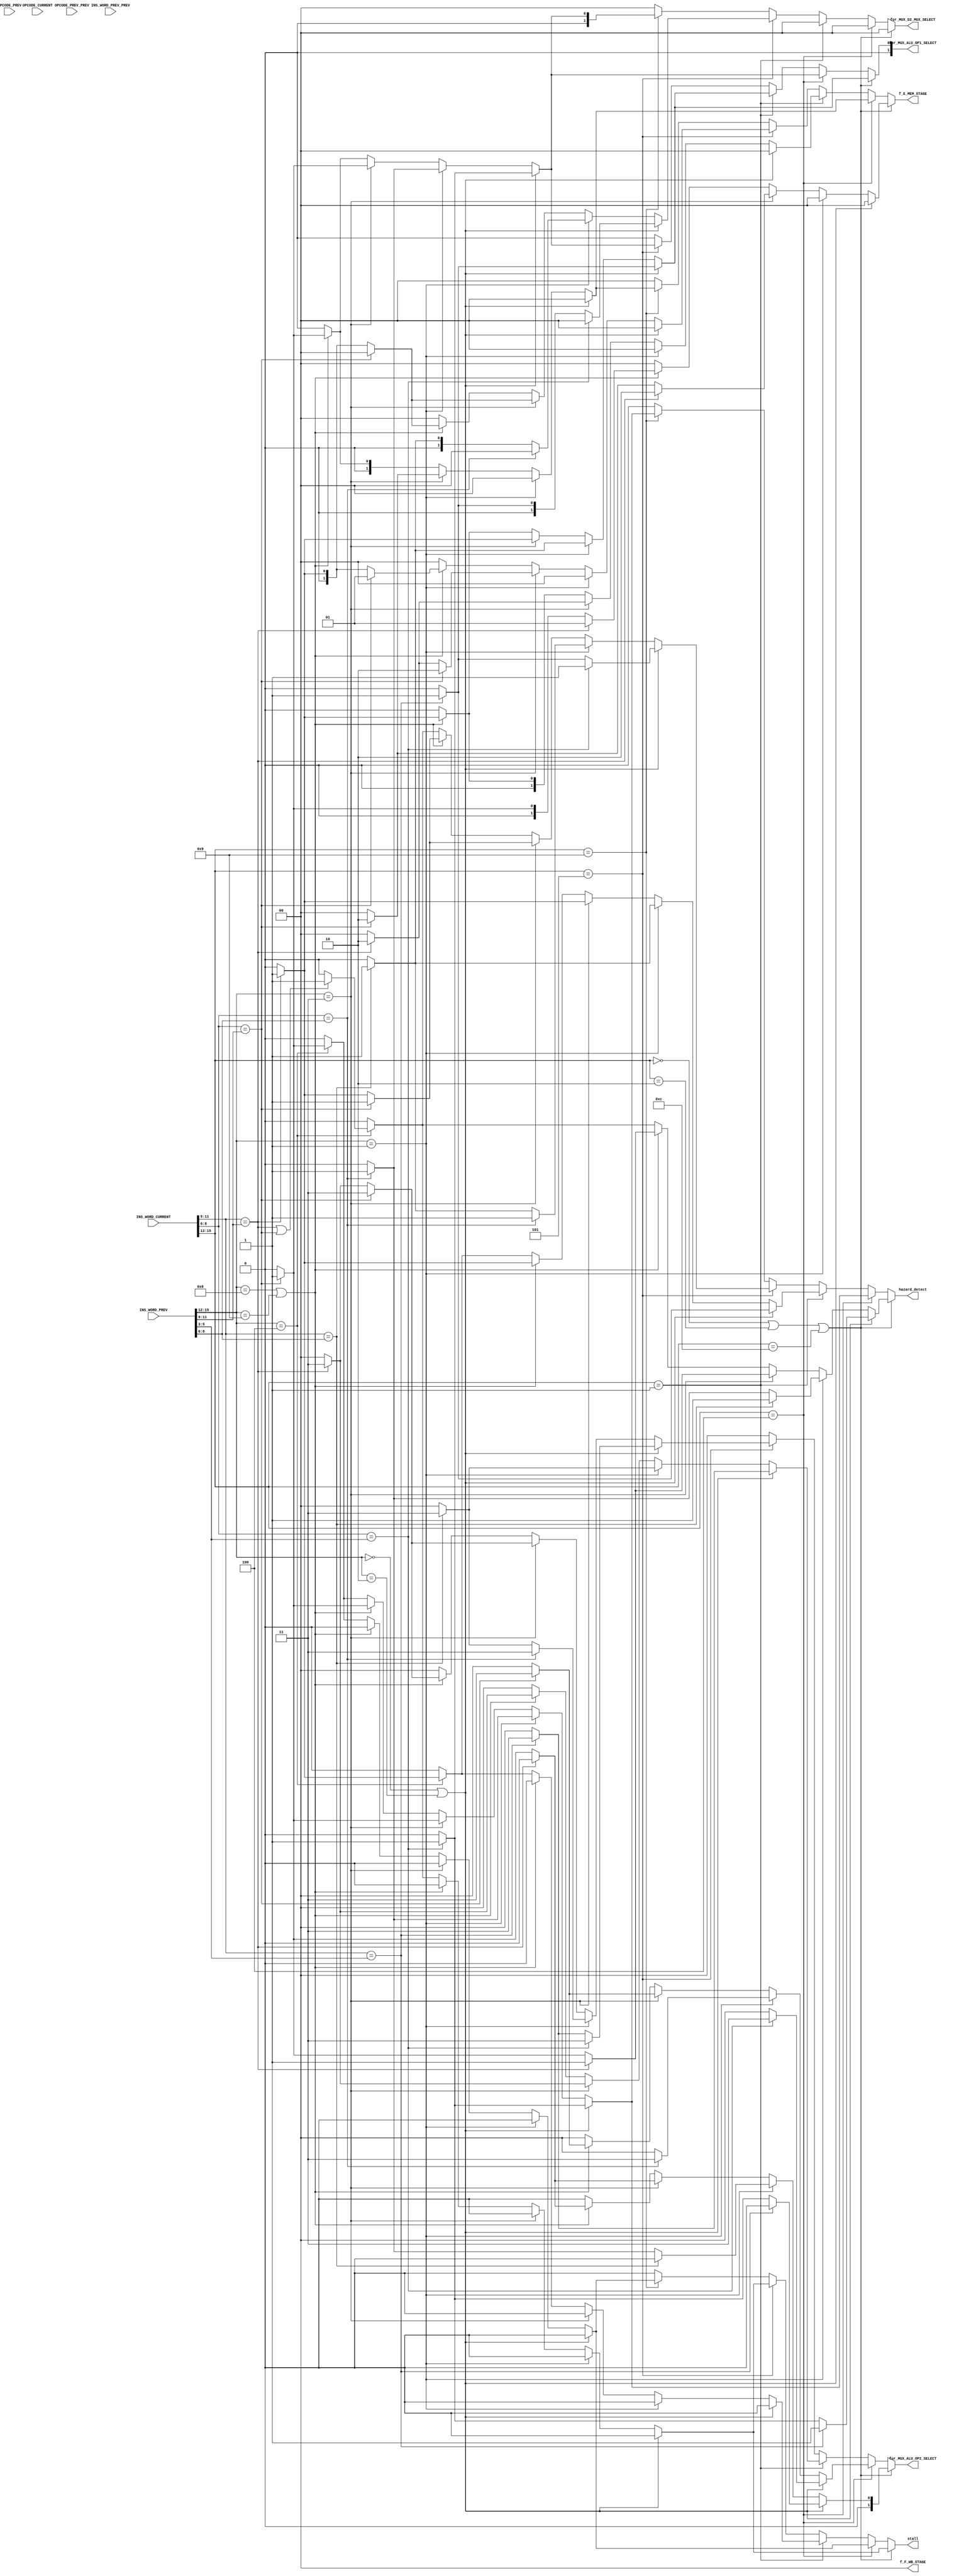
module Forward_logic_unit(INS_WORD_CURRENT,INS_WORD_PREV,INS_WORD_PREV_PREV,OPCODE_CURRENT,OPCODE_PREV,OPCODE_PREV_PREV,for_MUX_ALU_OP1_SELECT,for_MUX_ALU_OP2_SELECT,for_MUX_D2_MUX_SELECT,f_E_MEM_STAGE,f_F_WB_STAGE,hazard_detect,stall);

input [15:0]INS_WORD_CURRENT;
input [15:0]INS_WORD_PREV;
input [15:0]INS_WORD_PREV_PREV;
input [5:0]OPCODE_CURRENT;
input [5:0]OPCODE_PREV;
input [5:0]OPCODE_PREV_PREV;
output  reg hazard_detect;
output  reg stall;
output reg [1:0] for_MUX_ALU_OP1_SELECT,for_MUX_ALU_OP2_SELECT,for_MUX_D2_MUX_SELECT;
output reg [1:0] f_E_MEM_STAGE,f_F_WB_STAGE;

always@(*)
begin

if (INS_WORD_CURRENT[15:12]==4'b0000 || INS_WORD_CURRENT[15:12]==4'b0010 || INS_WORD_CURRENT[15:12]==4'b1100)  //CURRENT -R-TYPE OR BEQ

   if (INS_WORD_PREV[15:12]==4'b0000 || INS_WORD_PREV[15:12]==4'b0010)//PREV-R-TYPE
           if (INS_WORD_CURRENT[11:9]==INS_WORD_PREV[5:3])//SOURCE OPERAND_1_MATCH
			  begin
			    for_MUX_ALU_OP1_SELECT<=2'b01;//FROM MEM STAGE
				 for_MUX_ALU_OP2_SELECT<=2'b00;
				 for_MUX_D2_MUX_SELECT<=2'b00;
				 f_F_WB_STAGE<=2'b00;//NOT NEEDED
				 f_E_MEM_STAGE<=2'b00;//ALU OUTPUT OF MEM_STAGE_SELECTED
				 stall<=1'b0;
				 hazard_detect<=1'b1;
			  end
				else if (INS_WORD_CURRENT[8:6]==INS_WORD_PREV[5:3])//SOURCE OPERAND_2_MATCH
			  begin
			    for_MUX_ALU_OP1_SELECT<=2'b00;
				 for_MUX_ALU_OP2_SELECT<=2'b01;//FROM MEM STAGE
				 for_MUX_D2_MUX_SELECT<=2'b00;
				 f_F_WB_STAGE<=2'b00;//NOT NEEDED
				 f_E_MEM_STAGE<=2'b00;//ALU OUTPUT OF MEM_STAGE_FORWARDED 
				 stall<=1'b0; 
				  hazard_detect<=1'b1;
				end
             else                         //DEFAULT ALL 0
             begin
				 for_MUX_ALU_OP1_SELECT<=2'b00;//DEFAULT
				 for_MUX_ALU_OP2_SELECT<=2'b00;//DEFAULT
				 for_MUX_D2_MUX_SELECT<=2'b00;//DEFAULT
				 f_F_WB_STAGE<=2'b00;//DEFAULT
				 f_E_MEM_STAGE<=2'b00;//DEFAULT 
             stall<=1'b0;
				  hazard_detect<=1'b0;
			    end
	else if(INS_WORD_PREV[15:12]==4'b0001) // PREV-ADI
			    if (INS_WORD_CURRENT[11:9]==INS_WORD_PREV[8:6])//SOURCE OPERAND_1_MATCH
			    begin
				 for_MUX_ALU_OP1_SELECT<=2'b01;//FROM MEM STAGE
				 for_MUX_ALU_OP2_SELECT<=2'b00;
				 for_MUX_D2_MUX_SELECT<=2'b00;
				 f_F_WB_STAGE<=2'b00;//NOT NEEDED
				 f_E_MEM_STAGE<=2'b00;//ALU OUTPUT OF MEM_STAGE_FORWARDED
				 stall<=1'b0;
				  hazard_detect<=1'b1;
				 end
				 else if (INS_WORD_CURRENT[8:6]==INS_WORD_PREV[8:6])//SOURCE OPERAND_2_MATCH
			    begin
				 for_MUX_ALU_OP1_SELECT<=2'b00;
				 for_MUX_ALU_OP2_SELECT<=2'b01;//FROM MEM STAGE
				 for_MUX_D2_MUX_SELECT<=2'b00;
				 f_F_WB_STAGE<=2'b00;//NOT NEEDED
				 f_E_MEM_STAGE<=2'b00;//ALU OUTPUT OF MEM_STAGE_FORWARDED  
             stall<=1'b0;
				  hazard_detect<=1'b1;
				 end
				 else                         //DEFAULT ALL 0
             begin
				 for_MUX_ALU_OP1_SELECT<=2'b00;//DEFAULT
				 for_MUX_ALU_OP2_SELECT<=2'b00;//DEFAULT
				 for_MUX_D2_MUX_SELECT<=2'b00;//DEFAULT
				 f_F_WB_STAGE<=2'b00;//DEFAULT
				 f_E_MEM_STAGE<=2'b00;//DEFAULT
			    stall<=1'b0;	 
				  hazard_detect<=1'b0;
				end
	else if (INS_WORD_PREV[15:12]==4'b0011) // PREV-LHI   
				if (INS_WORD_CURRENT[11:9]==INS_WORD_PREV[11:9])//SOURCE OPERAND_1_MATCH
			    begin
				 for_MUX_ALU_OP1_SELECT<=2'b01;//FROM MEM STAGE
				 for_MUX_ALU_OP2_SELECT<=2'b00;
				 for_MUX_D2_MUX_SELECT<=2'b00;
				 f_F_WB_STAGE<=2'b00;//NOT NEEDED
				 f_E_MEM_STAGE<=2'b10;//0 PAD OF MEM_STAGE_FORWARDED
				 stall<=1'b0;
				  hazard_detect<=1'b1;
				 end
				 else if (INS_WORD_CURRENT[8:6]==INS_WORD_PREV[11:9])//SOURCE OPERAND_2_MATCH
			    begin
				 for_MUX_ALU_OP1_SELECT<=2'b00;
				 for_MUX_ALU_OP2_SELECT<=2'b01;//FROM MEM STAGE
				 for_MUX_D2_MUX_SELECT<=2'b00;
				 f_F_WB_STAGE<=2'b00;//NOT NEEDED
				 f_E_MEM_STAGE<=2'b10;//ALU OUTPUT OF MEM_STAGE_SELECTED  
             stall<=1'b0;
				  hazard_detect<=1'b1;
				 end
				 else                         //DEFAULT ALL 0
				 begin
				 for_MUX_ALU_OP1_SELECT<=2'b00;//DEFAULT
				 for_MUX_ALU_OP2_SELECT<=2'b00;//DEFAULT
				 for_MUX_D2_MUX_SELECT<=2'b00;//DEFAULT
				 f_F_WB_STAGE<=2'b00;//DEFAULT
				 f_E_MEM_STAGE<=2'b00;//DEFAULT
			    stall<=1'b0;	 
				  hazard_detect<=1'b0;
				 end
	else if (INS_WORD_PREV[15:12]==4'b1000 || INS_WORD_PREV[15:12]==4'b1001) // PREV-JAL OR JLR
			    
				 if (INS_WORD_CURRENT[11:9]==INS_WORD_PREV[11:9])//SOURCE OPERAND_1_MATCH
			    begin
				 for_MUX_ALU_OP1_SELECT<=2'b01;//FROM MEM STAGE
				 for_MUX_ALU_OP2_SELECT<=2'b00;
				 for_MUX_D2_MUX_SELECT<=2'b00;
				 f_F_WB_STAGE<=2'b00;//NOT NEEDED
				 f_E_MEM_STAGE<=2'b01;//PC+1 OF MEM_STAGE_FORWARDED
				 stall<=1'b0;
				  hazard_detect<=1'b1;
				 end
				 else if (INS_WORD_CURRENT[8:6]==INS_WORD_PREV[11:9])//SOURCE OPERAND_2_MATCH
			    begin
				 for_MUX_ALU_OP1_SELECT<=2'b00;
				 for_MUX_ALU_OP2_SELECT<=2'b01;//FROM MEM STAGE
				 for_MUX_D2_MUX_SELECT<=2'b00;
				 f_F_WB_STAGE<=2'b00;//NOT NEEDED
				 f_E_MEM_STAGE<=2'b01;//ALU OUTPUT OF MEM_STAGE_SELECTED  
             stall<=1'b0;
				  hazard_detect<=1'b1;
				 end
				 else                         //DEFAULT ALL 0
             begin
				 for_MUX_ALU_OP1_SELECT<=2'b00;//DEFAULT
				 for_MUX_ALU_OP2_SELECT<=2'b00;//DEFAULT
				 for_MUX_D2_MUX_SELECT<=2'b00;//DEFAULT
				 f_F_WB_STAGE<=2'b00;//DEFAULT
				 f_E_MEM_STAGE<=2'b00;//DEFAULT
			    stall<=1'b0;
				  hazard_detect<=1'b0;
	           end
	else if (INS_WORD_PREV[15:12]==4'b0100 ) // PREV-LW
			    if (INS_WORD_CURRENT[11:9]==INS_WORD_PREV[11:9]||INS_WORD_CURRENT[8:6]==INS_WORD_PREV[11:9])//SOURCE OPERAND_1_2_MATCH
			    begin
				 for_MUX_ALU_OP1_SELECT<=2'b00;//DEFAULT
				 for_MUX_ALU_OP2_SELECT<=2'b00;//DEFAULT
				 for_MUX_D2_MUX_SELECT<=2'b00;//DEFAULT
				 f_F_WB_STAGE<=2'b00;//DEFAULT
				 f_E_MEM_STAGE<=2'b00;//DEFAULT
				 stall<=1'b1;
				  hazard_detect<=1'b1;
				 end
			
             else   //DEFAULT
			   begin
				for_MUX_ALU_OP1_SELECT<=2'b00;//DEFAULT
				 for_MUX_ALU_OP2_SELECT<=2'b00;//DEFAULT
				 for_MUX_D2_MUX_SELECT<=2'b00;//DEFAULT
				 f_F_WB_STAGE<=2'b00;//DEFAULT
				 f_E_MEM_STAGE<=2'b00;//DEFAULT
				 stall<=1'b0;
				  hazard_detect<=1'b0;
            end  
	else   //DEFAULT
			   begin
				for_MUX_ALU_OP1_SELECT<=2'b00;//DEFAULT
				 for_MUX_ALU_OP2_SELECT<=2'b00;//DEFAULT
				 for_MUX_D2_MUX_SELECT<=2'b00;//DEFAULT
				 f_F_WB_STAGE<=2'b00;//DEFAULT
				 f_E_MEM_STAGE<=2'b00;//DEFAULT
				 stall<=1'b0;
				  hazard_detect<=1'b0;
            end 
	
else if (INS_WORD_CURRENT[15:12]==4'b0100)  //CURRENT -LW 
   if (INS_WORD_PREV[15:12]==4'b0000 || INS_WORD_PREV[15:12]==4'b0010)//PREV-R-TYPE
           if (INS_WORD_CURRENT[8:6]==INS_WORD_PREV[5:3])//SOURCE OPERAND_1_MATCH
			    begin
				 for_MUX_ALU_OP1_SELECT<=2'b01;//FROM MEM STAGE
				 for_MUX_ALU_OP2_SELECT<=2'b11;//IMMEDIATE OPERAND
				 for_MUX_D2_MUX_SELECT<=2'b00;
				 f_F_WB_STAGE<=2'b00;//NOT NEEDED
				 f_E_MEM_STAGE<=2'b00;//ALU OUTPUT OF MEM_STAGE_SELECTED
             stall<=1'b0;
				 hazard_detect<=1'b1;
				 end
				 else                         //DEFAULT ALL 0
            begin
				 for_MUX_ALU_OP1_SELECT<=2'b00;//DEFAULT
				 for_MUX_ALU_OP2_SELECT<=2'b00;//DEFAULT
				 for_MUX_D2_MUX_SELECT<=2'b00;//DEFAULT
				 f_F_WB_STAGE<=2'b00;//DEFAULT
	  			 f_E_MEM_STAGE<=2'b00;//DEFAULT 
             stall<=1'b0;
				  hazard_detect<=1'b0;				 
	          end
	else if (INS_WORD_PREV[15:12]==4'b0001)//PREV-ADI
           if (INS_WORD_CURRENT[8:6]==INS_WORD_PREV[8:6])//SOURCE OPERAND_1_MATCH
			    begin
				 for_MUX_ALU_OP1_SELECT<=2'b01;//FROM MEM STAGE
				 for_MUX_ALU_OP2_SELECT<=2'b11;//IMMEDIATE OPERAND
				 for_MUX_D2_MUX_SELECT<=2'b00;
				 f_F_WB_STAGE<=2'b00;//NOT NEEDED
				 f_E_MEM_STAGE<=2'b00;//ALU OUTPUT OF MEM_STAGE_FORWARDED
				 stall<=1'b0;
				 hazard_detect<=1'b1;
             end
				 else                         //DEFAULT ALL 0
             begin
				 for_MUX_ALU_OP1_SELECT<=2'b00;//DEFAULT
				 for_MUX_ALU_OP2_SELECT<=2'b00;//DEFAULT
				 for_MUX_D2_MUX_SELECT<=2'b00;//DEFAULT
				 f_F_WB_STAGE<=2'b00;//DEFAULT
				 f_E_MEM_STAGE<=2'b00;//DEFAULT
				 stall<=1'b0;
				 hazard_detect<=1'b0;
				 end
	 else if (INS_WORD_PREV[15:12]==4'b0011)//PREV-LHI
           if (INS_WORD_CURRENT[8:6]==INS_WORD_PREV[11:9])//SOURCE OPERAND_1_MATCH
			    begin
				 for_MUX_ALU_OP1_SELECT<=2'b01;//FROM MEM STAGE
				 for_MUX_ALU_OP2_SELECT<=2'b11;//IMMEDIATE OPERAND
				 for_MUX_D2_MUX_SELECT<=2'b00;
				 f_F_WB_STAGE<=2'b00;//NOT NEEDED
				 f_E_MEM_STAGE<=2'b10;//0pad OF MEM_STAGE_FORWARDED
             stall<=1'b0;
				  hazard_detect<=1'b1;
				  end
				 else                         //DEFAULT ALL 0
             begin
				 for_MUX_ALU_OP1_SELECT<=2'b00;//DEFAULT
				 for_MUX_ALU_OP2_SELECT<=2'b00;//DEFAULT
				 for_MUX_D2_MUX_SELECT<=2'b00;//DEFAULT
				 f_F_WB_STAGE<=2'b00;//DEFAULT
				 f_E_MEM_STAGE<=2'b00;//DEFAULT
	          stall<=1'b0;
				 hazard_detect<=1'b0;
				 end
	 else if (INS_WORD_PREV[15:12]==4'b1000 || INS_WORD_PREV[15:12]==4'b1001)//PREV-JAL or JLR
           if (INS_WORD_CURRENT[8:6]==INS_WORD_PREV[11:9])//SOURCE OPERAND_1_MATCH
			    begin
				 for_MUX_ALU_OP1_SELECT<=2'b01;//FROM MEM STAGE
				 for_MUX_ALU_OP2_SELECT<=2'b11;//IMMEDIATE OPERAND
				 for_MUX_D2_MUX_SELECT<=2'b00;
				 f_F_WB_STAGE<=2'b00;//NOT NEEDED
				 f_E_MEM_STAGE<=2'b01;//PC+1 OF MEM_STAGE_FORWARDED
             stall<=1'b0;
				  hazard_detect<=1'b1;
				  end
				  else                         //DEFAULT ALL 0
				 begin
				 for_MUX_ALU_OP1_SELECT<=2'b00;//DEFAULT
				 for_MUX_ALU_OP2_SELECT<=2'b00;//DEFAULT
				 for_MUX_D2_MUX_SELECT<=2'b00;//DEFAULT
				 f_F_WB_STAGE<=2'b00;//DEFAULT
				 f_E_MEM_STAGE<=2'b00;//DEFAULT
	           stall<=1'b0;
				  hazard_detect<=1'b0;
				  end
	 else if (INS_WORD_PREV[15:12]==4'b0100 ) // PREV-LW
			    if (INS_WORD_CURRENT[8:6]==INS_WORD_PREV[11:9])//SOURCE OPERAND_1_MATCH
			    begin
				 for_MUX_ALU_OP1_SELECT<=2'b00;//DEFAULT
				 for_MUX_ALU_OP2_SELECT<=2'b00;//DEFAULT
				 for_MUX_D2_MUX_SELECT<=2'b00;//DEFAULT
				 f_F_WB_STAGE<=2'b00;//DEFAULT
				 f_E_MEM_STAGE<=2'b00;//DEFAULT
				 stall<=1'b1;
             hazard_detect<=1'b1;
             end				 
             else   //DEFAULT
				 begin
			    for_MUX_ALU_OP1_SELECT<=2'b00;//DEFAULT
				 for_MUX_ALU_OP2_SELECT<=2'b00;//DEFAULT
				 for_MUX_D2_MUX_SELECT<=2'b00;//DEFAULT
				 f_F_WB_STAGE<=2'b00;//DEFAULT
				 f_E_MEM_STAGE<=2'b00;//DEFAULT
				 stall<=1'b0;
				 hazard_detect<=1'b0;
				 end
	else   //DEFAULT
			    begin
				 for_MUX_ALU_OP1_SELECT<=2'b00;//DEFAULT
				 for_MUX_ALU_OP2_SELECT<=2'b00;//DEFAULT
				 for_MUX_D2_MUX_SELECT<=2'b00;//DEFAULT
				 f_F_WB_STAGE<=2'b00;//DEFAULT
				 f_E_MEM_STAGE<=2'b00;//DEFAULT
				 stall<=1'b0;
				 hazard_detect<=1'b0;
				 end
else if (INS_WORD_CURRENT[15:12]==4'b0001)  //CURRENT -ADI
   if (INS_WORD_PREV[15:12]==4'b0000 || INS_WORD_PREV[15:12]==4'b0010)//PREV-R-TYPE
           if (INS_WORD_CURRENT[11:9]==INS_WORD_PREV[5:3])//SOURCE OPERAND_1_MATCH
			    begin
				 for_MUX_ALU_OP1_SELECT<=2'b01;//FROM MEM STAGE
				 for_MUX_ALU_OP2_SELECT<=2'b11;//IMMEDIATE OPERAND
				 for_MUX_D2_MUX_SELECT<=2'b00;
				 f_F_WB_STAGE<=2'b00;//NOT NEEDED
				 f_E_MEM_STAGE<=2'b00;//ALU OUTPUT OF MEM_STAGE_SELECTED
				 stall<=1'b0;
             hazard_detect<=1'b1;
				 end
             else                         //DEFAULT ALL 0
             begin
				 for_MUX_ALU_OP1_SELECT<=2'b00;//DEFAULT
				 for_MUX_ALU_OP2_SELECT<=2'b00;//DEFAULT
				 for_MUX_D2_MUX_SELECT<=2'b00;//DEFAULT
				 f_F_WB_STAGE<=2'b00;//DEFAULT
	  			 f_E_MEM_STAGE<=2'b00;//DEFAULT 	 
             stall<=1'b0;
             hazard_detect<=1'b0;
             end   			 
	else if (INS_WORD_PREV[15:12]==4'b0001)//PREV-ADI
           if (INS_WORD_CURRENT[11:9]==INS_WORD_PREV[8:6])//SOURCE OPERAND_1_MATCH
			    begin
				 for_MUX_ALU_OP1_SELECT<=2'b01;//FROM MEM STAGE
				 for_MUX_ALU_OP2_SELECT<=2'b11;//IMMEDIATE OPERAND
				 for_MUX_D2_MUX_SELECT<=2'b00;
				 f_F_WB_STAGE<=2'b00;//NOT NEEDED
				 f_E_MEM_STAGE<=2'b00;//ALU OUTPUT OF MEM_STAGE_FORWARDED
             stall<=1'b0;
             hazard_detect<=1'b1;
				 end
				 else                         //DEFAULT ALL 0
             begin
				 for_MUX_ALU_OP1_SELECT<=2'b00;//DEFAULT
				 for_MUX_ALU_OP2_SELECT<=2'b00;//DEFAULT
				 for_MUX_D2_MUX_SELECT<=2'b00;//DEFAULT
				 f_F_WB_STAGE<=2'b00;//DEFAULT
				 f_E_MEM_STAGE<=2'b00;//DEFAULT
	          stall<=1'b0;
             hazard_detect<=1'b0;
				 end
	else if (INS_WORD_PREV[15:12]==4'b0011)//PREV-LHI
           if (INS_WORD_CURRENT[11:9]==INS_WORD_PREV[11:9])//SOURCE OPERAND_1_MATCH
			    begin
				 for_MUX_ALU_OP1_SELECT<=2'b01;//FROM MEM STAGE
				 for_MUX_ALU_OP2_SELECT<=2'b11;//IMMEDIATE OPERAND
				 for_MUX_D2_MUX_SELECT<=2'b00;
				 f_F_WB_STAGE<=2'b00;//NOT NEEDED
				 f_E_MEM_STAGE<=2'b10;//0pad OF MEM_STAGE_FORWARDED
				 stall<=1'b0;
             hazard_detect<=1'b1;
				 end
             else                         //DEFAULT ALL 0
             begin
				 for_MUX_ALU_OP1_SELECT<=2'b00;//DEFAULT
				 for_MUX_ALU_OP2_SELECT<=2'b00;//DEFAULT
				 for_MUX_D2_MUX_SELECT<=2'b00;//DEFAULT
				 f_F_WB_STAGE<=2'b00;//DEFAULT
				 f_E_MEM_STAGE<=2'b00;//DEFAULT
				 stall<=1'b0;
             hazard_detect<=1'b0;
				 end
	else if (INS_WORD_PREV[15:12]==4'b1000 || INS_WORD_PREV[15:12]==4'b1001)//PREV-JAL or JLR
           if (INS_WORD_CURRENT[11:9]==INS_WORD_PREV[11:9])//SOURCE OPERAND_1_MATCH
			    begin
				 for_MUX_ALU_OP1_SELECT<=2'b01;//FROM MEM STAGE
				 for_MUX_ALU_OP2_SELECT<=2'b11;//IMMEDIATE OPERAND
				 for_MUX_D2_MUX_SELECT<=2'b00;
				 f_F_WB_STAGE<=2'b00;//NOT NEEDED
				 f_E_MEM_STAGE<=2'b01;//PC+1 OF MEM_STAGE_FORWARDED
				 stall<=1'b0;
             hazard_detect<=1'b1;
             end
				 else                         //DEFAULT ALL 0
             begin
				 for_MUX_ALU_OP1_SELECT<=2'b00;//DEFAULT
				 for_MUX_ALU_OP2_SELECT<=2'b00;//DEFAULT
				 for_MUX_D2_MUX_SELECT<=2'b00;//DEFAULT
				 f_F_WB_STAGE<=2'b00;//DEFAULT
				 f_E_MEM_STAGE<=2'b00;//DEFAULT
				 stall<=1'b0;
             hazard_detect<=1'b0;
				 end
	else if (INS_WORD_PREV[15:12]==4'b0100 ) // PREV-LW
				 if (INS_WORD_CURRENT[11:9]==INS_WORD_PREV[11:9])//SOURCE OPERAND_1_MATCH
			    begin
				 for_MUX_ALU_OP1_SELECT<=2'b00;//DEFAULT
				 for_MUX_ALU_OP2_SELECT<=2'b00;//DEFAULT
				 for_MUX_D2_MUX_SELECT<=2'b00;//DEFAULT
				 f_F_WB_STAGE<=2'b00;//DEFAULT
				 f_E_MEM_STAGE<=2'b00;//DEFAULT
				 stall<=1'b1;
             hazard_detect<=1'b1;
             end				 
             else   //DEFAULT
			    begin
				 for_MUX_ALU_OP1_SELECT<=2'b00;//DEFAULT
				 for_MUX_ALU_OP2_SELECT<=2'b00;//DEFAULT
				 for_MUX_D2_MUX_SELECT<=2'b00;//DEFAULT
				 f_F_WB_STAGE<=2'b00;//DEFAULT
				 f_E_MEM_STAGE<=2'b00;//DEFAULT
				 stall<=1'b0;
				 hazard_detect<=1'b0;
				 end
	else   //DEFAULT
			    begin
				 for_MUX_ALU_OP1_SELECT<=2'b00;//DEFAULT
				 for_MUX_ALU_OP2_SELECT<=2'b00;//DEFAULT
				 for_MUX_D2_MUX_SELECT<=2'b00;//DEFAULT
				 f_F_WB_STAGE<=2'b00;//DEFAULT
				 f_E_MEM_STAGE<=2'b00;//DEFAULT
				 stall<=1'b0;
				 hazard_detect<=1'b0;			 
				 end
else if (INS_WORD_CURRENT[15:12]==4'b0101)  //CURRENT -SW
   if (INS_WORD_PREV[15:12]==4'b0000 || INS_WORD_PREV[15:12]==4'b0010)//PREV-R-TYPE
           if (INS_WORD_CURRENT[8:6]==INS_WORD_PREV[5:3])//SOURCE OPERAND_1_MATCH
			    begin
				 for_MUX_ALU_OP1_SELECT<=2'b01;//FROM MEM STAGE
				 for_MUX_ALU_OP2_SELECT<=2'b11;//IMMEDIATE OPERAND
				 for_MUX_D2_MUX_SELECT<=2'b00;
				 f_F_WB_STAGE<=2'b00;//NOT NEEDED
				 f_E_MEM_STAGE<=2'b00;//ALU OUTPUT OF MEM_STAGE_SELECTED
				 stall<=1'b0;
             hazard_detect<=1'b1;
             end
	        else if (INS_WORD_CURRENT[11:9]==INS_WORD_PREV[5:3])
				 begin
				 for_MUX_ALU_OP1_SELECT<=2'b00;
				 for_MUX_ALU_OP2_SELECT<=2'b11;
				 for_MUX_D2_MUX_SELECT<=2'b01;//FROM MEMORY STAGE
				 f_F_WB_STAGE<=2'b00;//NOT NEEDED
				 f_E_MEM_STAGE<=2'b00;//ALU OUTPUT OF MEM_STAGE_SELECTED
				 stall<=1'b0;
             hazard_detect<=1'b1;
				end
				else                         //DEFAULT ALL 0
             begin
				 for_MUX_ALU_OP1_SELECT<=2'b00;//DEFAULT
				 for_MUX_ALU_OP2_SELECT<=2'b00;//DEFAULT
				 for_MUX_D2_MUX_SELECT<=2'b00;//DEFAULT
				 f_F_WB_STAGE<=2'b00;//DEFAULT
	  			 f_E_MEM_STAGE<=2'b00;//DEFAULT
             stall<=1'b0;
             hazard_detect<=1'b0;
             end 				 
	else if (INS_WORD_PREV[15:12]==4'b0001)//PREV-ADI
           if (INS_WORD_CURRENT[8:6]==INS_WORD_PREV[8:6])//SOURCE OPERAND_1_MATCH
			    begin
				 for_MUX_ALU_OP1_SELECT<=2'b01;//FROM MEM STAGE
				 for_MUX_ALU_OP2_SELECT<=2'b11;//IMMEDIATE OPERAND
				 for_MUX_D2_MUX_SELECT<=2'b00;
				 f_F_WB_STAGE<=2'b00;//NOT NEEDED
				 f_E_MEM_STAGE<=2'b00;//ALU OUTPUT OF MEM_STAGE_FORWARDED
				 stall<=1'b0;
             hazard_detect<=1'b1;
				end
				else if (INS_WORD_CURRENT[11:9]==INS_WORD_PREV[8:6])//SOURCE OPERAND_1_MATCH
			    begin
				 for_MUX_ALU_OP1_SELECT<=2'b00;//
				 for_MUX_ALU_OP2_SELECT<=2'b11;//
				 for_MUX_D2_MUX_SELECT<=2'b01;//FROM MEM STAGE
				 f_F_WB_STAGE<=2'b00;//NOT NEEDED
				 f_E_MEM_STAGE<=2'b00;//ALU OUTPUT OF MEM_STAGE_FORWARDED
				 stall<=1'b0;
             hazard_detect<=1'b1;
             end
				 else                         //DEFAULT ALL 0
             begin
				 for_MUX_ALU_OP1_SELECT<=2'b00;//DEFAULT
				 for_MUX_ALU_OP2_SELECT<=2'b00;//DEFAULT
				 for_MUX_D2_MUX_SELECT<=2'b00;//DEFAULT
				 f_F_WB_STAGE<=2'b00;//DEFAULT
				 f_E_MEM_STAGE<=2'b00;//DEFAULT
				 stall<=1'b0;
             hazard_detect<=1'b0;
				 end
	else if (INS_WORD_PREV[15:12]==4'b0011)//PREV-LHI
           if (INS_WORD_CURRENT[8:6]==INS_WORD_PREV[11:9])//SOURCE OPERAND_1_MATCH
			    begin
				 for_MUX_ALU_OP1_SELECT<=2'b01;//FROM MEM STAGE
				 for_MUX_ALU_OP2_SELECT<=2'b11;//IMMEDIATE OPERAND
				 for_MUX_D2_MUX_SELECT<=2'b00;
				 f_F_WB_STAGE<=2'b00;//NOT NEEDED
				 f_E_MEM_STAGE<=2'b10;//0pad OF MEM_STAGE_FORWARDED
				 stall<=1'b0;
             hazard_detect<=1'b1;
				 end
			  else if (INS_WORD_CURRENT[11:9]==INS_WORD_PREV[11:9])//SOURCE OPERAND_1_MATCH
			    begin
				 for_MUX_ALU_OP1_SELECT<=2'b00;
				 for_MUX_ALU_OP2_SELECT<=2'b11;
				 for_MUX_D2_MUX_SELECT<=2'b01;//FROM MEM STAGE
				 f_F_WB_STAGE<=2'b00;//NOT NEEDED
				 f_E_MEM_STAGE<=2'b10;//0pad OF MEM_STAGE_FORWARDED 
				 stall<=1'b0;
             hazard_detect<=1'b1;
				 end
             else                         //DEFAULT ALL 0
             begin
				 for_MUX_ALU_OP1_SELECT<=2'b00;//DEFAULT
				 for_MUX_ALU_OP2_SELECT<=2'b00;//DEFAULT
				 for_MUX_D2_MUX_SELECT<=2'b00;//DEFAULT
				 f_F_WB_STAGE<=2'b00;//DEFAULT
				 f_E_MEM_STAGE<=2'b00;//DEFAULT
				 stall<=1'b0;
             hazard_detect<=1'b0;
				 end
	else if (INS_WORD_PREV[15:12]==4'b1000 || INS_WORD_PREV[15:12]==4'b1001)//PREV-JAL or JLR
           if (INS_WORD_CURRENT[8:6]==INS_WORD_PREV[11:9])//SOURCE OPERAND_1_MATCH
			    begin
				 for_MUX_ALU_OP1_SELECT<=2'b01;//FROM MEM STAGE
				 for_MUX_ALU_OP2_SELECT<=2'b11;//IMMEDIATE OPERAND
				 for_MUX_D2_MUX_SELECT<=2'b00;
				 f_F_WB_STAGE<=2'b00;//NOT NEEDED
				 f_E_MEM_STAGE<=2'b01;//PC+1 OF MEM_STAGE_FORWARDED
				 stall<=1'b0;
             hazard_detect<=1'b1;
				end
				else if (INS_WORD_CURRENT[11:9]==INS_WORD_PREV[11:9])//SOURCE OPERAND_1_MATCH
			    begin
				 for_MUX_ALU_OP1_SELECT<=2'b00;
				 for_MUX_ALU_OP2_SELECT<=2'b11;//IMMEDIATE OPERAND
				 for_MUX_D2_MUX_SELECT<=2'b01;//FROM MEM STAGE
				 f_F_WB_STAGE<=2'b00;//NOT NEEDED
				 f_E_MEM_STAGE<=2'b01;//PC+1 OF MEM_STAGE_FORWARDED 
				 stall<=1'b0;
             hazard_detect<=1'b1;
				 end
             else                         //DEFAULT ALL 0
             begin
				 for_MUX_ALU_OP1_SELECT<=2'b00;//DEFAULT
				 for_MUX_ALU_OP2_SELECT<=2'b00;//DEFAULT
				 for_MUX_D2_MUX_SELECT<=2'b00;//DEFAULT
				 f_F_WB_STAGE<=2'b00;//DEFAULT
				 f_E_MEM_STAGE<=2'b00;//DEFAULT
				 stall<=1'b0;
             hazard_detect<=1'b0;
				 end
	else if (INS_WORD_PREV[15:12]==4'b0100 ) // PREV-LW
				 if (INS_WORD_CURRENT[8:6]==INS_WORD_PREV[11:9]  || INS_WORD_CURRENT[11:9]==INS_WORD_PREV[11:9])//SOURCE OPERAND_1_MATCH
			    begin
				 for_MUX_ALU_OP1_SELECT<=2'b00;//DEFAULT
				 for_MUX_ALU_OP2_SELECT<=2'b00;//DEFAULT
				 for_MUX_D2_MUX_SELECT<=2'b00;//DEFAULT
				 f_F_WB_STAGE<=2'b00;//DEFAULT
				 f_E_MEM_STAGE<=2'b00;//DEFAULT
				 stall<=1'b1;
             hazard_detect<=1'b1;
             end
				 else   //DEFAULT
			    begin
				 for_MUX_ALU_OP1_SELECT<=2'b00;//DEFAULT
				 for_MUX_ALU_OP2_SELECT<=2'b00;//DEFAULT
				 for_MUX_D2_MUX_SELECT<=2'b00;//DEFAULT
				 f_F_WB_STAGE<=2'b00;//DEFAULT
				 f_E_MEM_STAGE<=2'b00;//DEFAULT
				 stall<=1'b0;
             hazard_detect<=1'b0;
             end 				 
   else   //DEFAULT
			    begin
				 for_MUX_ALU_OP1_SELECT<=2'b00;//DEFAULT
				 for_MUX_ALU_OP2_SELECT<=2'b00;//DEFAULT
				 for_MUX_D2_MUX_SELECT<=2'b00;//DEFAULT
				 f_F_WB_STAGE<=2'b00;//DEFAULT
				 f_E_MEM_STAGE<=2'b00;//DEFAULT
				 stall<=1'b0;
             hazard_detect<=1'b0;
				end 
else if (INS_WORD_CURRENT[15:12]==4'b1001)  //CURRENT -JLR
   if (INS_WORD_PREV[15:12]==4'b0000 || INS_WORD_PREV[15:12]==4'b0010)//PREV-R-TYPE
           
             if (INS_WORD_CURRENT[8:6]==INS_WORD_PREV[5:3])
				 begin
				 for_MUX_ALU_OP1_SELECT<=2'b00;
				 for_MUX_ALU_OP2_SELECT<=2'b00;
				 for_MUX_D2_MUX_SELECT<=2'b01;//FROM MEMORY STAGE
				 f_F_WB_STAGE<=2'b00;//NOT NEEDED
				 f_E_MEM_STAGE<=2'b00;//ALU OUTPUT OF MEM_STAGE_SELECTED
				 stall<=1'b0;
             hazard_detect<=1'b1;
				 end
				 else                         //DEFAULT ALL 0
             begin
				 for_MUX_ALU_OP1_SELECT<=2'b00;//DEFAULT
				 for_MUX_ALU_OP2_SELECT<=2'b00;//DEFAULT
				 for_MUX_D2_MUX_SELECT<=2'b00;//DEFAULT
				 f_F_WB_STAGE<=2'b00;//DEFAULT
	  			 f_E_MEM_STAGE<=2'b00;//DEFAULT
             stall<=1'b0;
             hazard_detect<=1'b0;
             end				 
	else if (INS_WORD_PREV[15:12]==4'b0001)//PREV-ADI
          
				 if (INS_WORD_CURRENT[8:6]==INS_WORD_PREV[8:6])//SOURCE OPERAND_1_MATCH
			    begin
				 for_MUX_ALU_OP1_SELECT<=2'b00;//
				 for_MUX_ALU_OP2_SELECT<=2'b00;//
				 for_MUX_D2_MUX_SELECT<=2'b01;//FROM MEM STAGE
				 f_F_WB_STAGE<=2'b00;//NOT NEEDED
				 f_E_MEM_STAGE<=2'b00;//ALU OUTPUT OF MEM_STAGE_FORWARDED
				 stall<=1'b0;
             hazard_detect<=1'b1;
				 end
             else                         //DEFAULT ALL 0
             begin
				 for_MUX_ALU_OP1_SELECT<=2'b00;//DEFAULT
				 for_MUX_ALU_OP2_SELECT<=2'b00;//DEFAULT
				 for_MUX_D2_MUX_SELECT<=2'b00;//DEFAULT
				 f_F_WB_STAGE<=2'b00;//DEFAULT
				 f_E_MEM_STAGE<=2'b00;//DEFAULT
				 stall<=1'b0;
             hazard_detect<=1'b0;
				 end
	else if (INS_WORD_PREV[15:12]==4'b0011)//PREV-LHI				 
			   if (INS_WORD_CURRENT[8:6]==INS_WORD_PREV[11:9])//SOURCE OPERAND_1_MATCH
			  begin  
				 for_MUX_ALU_OP1_SELECT<=2'b00;
				 for_MUX_ALU_OP2_SELECT<=2'b00;
				 for_MUX_D2_MUX_SELECT<=2'b01;//FROM MEM STAGE
				 f_F_WB_STAGE<=2'b00;//NOT NEEDED
				 f_E_MEM_STAGE<=2'b10;//0pad OF MEM_STAGE_FORWARDED 
				 stall<=1'b0;
             hazard_detect<=1'b1;
				end
             else                         //DEFAULT ALL 0
         begin   
				for_MUX_ALU_OP1_SELECT<=2'b00;//DEFAULT
				 for_MUX_ALU_OP2_SELECT<=2'b00;//DEFAULT
				 for_MUX_D2_MUX_SELECT<=2'b00;//DEFAULT
				 f_F_WB_STAGE<=2'b00;//DEFAULT
				 f_E_MEM_STAGE<=2'b00;//DEFAULT
				 stall<=1'b0;
             hazard_detect<=1'b0;
			end
	else if (INS_WORD_PREV[15:12]==4'b1000 || INS_WORD_PREV[15:12]==4'b1001)//PREV-JAL or JLR
         
			 if (INS_WORD_CURRENT[8:6]==INS_WORD_PREV[11:9])//SOURCE OPERAND_1_MATCH
			    begin
				 for_MUX_ALU_OP1_SELECT<=2'b00;
				 for_MUX_ALU_OP2_SELECT<=2'b00;//IMMEDIATE OPERAND
				 for_MUX_D2_MUX_SELECT<=2'b01;//FROM MEM STAGE
				 f_F_WB_STAGE<=2'b00;//NOT NEEDED
				 f_E_MEM_STAGE<=2'b01;//PC+1 OF MEM_STAGE_FORWARDED 
				 stall<=1'b0;
             hazard_detect<=1'b1;
				 end
				 
             else                         //DEFAULT ALL 0
             begin
				 for_MUX_ALU_OP1_SELECT<=2'b00;//DEFAULT
				 for_MUX_ALU_OP2_SELECT<=2'b00;//DEFAULT
				 for_MUX_D2_MUX_SELECT<=2'b00;//DEFAULT
				 f_F_WB_STAGE<=2'b00;//DEFAULT
				 f_E_MEM_STAGE<=2'b00;//DEFAULT
				 stall<=1'b0;
             hazard_detect<=1'b0;
				 end
	else if (INS_WORD_PREV[15:12]==4'b0100 ) // PREV-LW
			    if (INS_WORD_CURRENT[8:6]==INS_WORD_PREV[11:9])//SOURCE OPERAND_1_MATCH
			    begin 
				 for_MUX_ALU_OP1_SELECT<=2'b00;//DEFAULT
				 for_MUX_ALU_OP2_SELECT<=2'b00;//DEFAULT
				 for_MUX_D2_MUX_SELECT<=2'b00;//DEFAULT
				 f_F_WB_STAGE<=2'b00;//DEFAULT
				 f_E_MEM_STAGE<=2'b00;//DEFAULT
				 stall<=1'b1;
             hazard_detect<=1'b1;
             end
				 else   //DEFAULT
			    begin
				 for_MUX_ALU_OP1_SELECT<=2'b00;//DEFAULT
				 for_MUX_ALU_OP2_SELECT<=2'b00;//DEFAULT
				 for_MUX_D2_MUX_SELECT<=2'b00;//DEFAULT
				 f_F_WB_STAGE<=2'b00;//DEFAULT
				 f_E_MEM_STAGE<=2'b00;//DEFAULT
				 stall<=1'b0;
             hazard_detect<=1'b0;
            end 				 
   else   //DEFAULT
		   begin	 for_MUX_ALU_OP1_SELECT<=2'b00;//DEFAULT
				 for_MUX_ALU_OP2_SELECT<=2'b00;//DEFAULT
				 for_MUX_D2_MUX_SELECT<=2'b00;//DEFAULT
				 f_F_WB_STAGE<=2'b00;//DEFAULT
				 f_E_MEM_STAGE<=2'b00;//DEFAULT
				 stall<=1'b0;
             hazard_detect<=1'b0; 	
		    end
else     //DEFAULT
		begin
			    for_MUX_ALU_OP1_SELECT<=2'b00;//DEFAULT
				 for_MUX_ALU_OP2_SELECT<=2'b00;//DEFAULT
				 for_MUX_D2_MUX_SELECT<=2'b00;//DEFAULT
				 f_F_WB_STAGE<=2'b00;//DEFAULT
				 f_E_MEM_STAGE<=2'b00;//DEFAULT
				 stall<=1'b0;
             hazard_detect<=1'b0;
		end 
end
   
endmodule